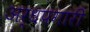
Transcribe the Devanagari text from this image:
अर्धपगारी